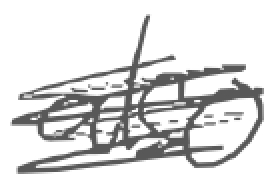
Text: also
Cross-out: scratch
Writing tool: digital_gray